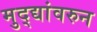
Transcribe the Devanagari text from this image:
मुद्द्यांवरुन